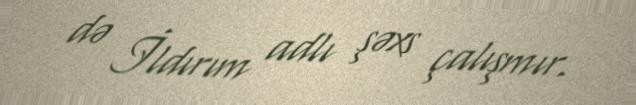
də İldırım adlı şəxs çalışmır.